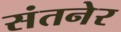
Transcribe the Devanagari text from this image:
संतनेर